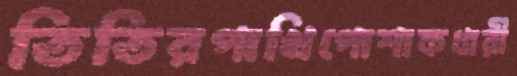
তিতিরপাখিপোশাকধারী